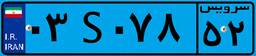
۰۴S۶۵۱۷۸